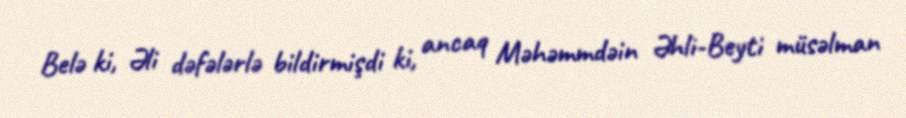
Belə ki, Əli dəfələrlə bildirmişdi ki, ancaq Məhəmmdəin Əhli-Beyti müsəlman